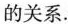
的关系.